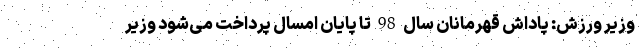
وزیر ورزش: پاداش قهرمانان سال 98 تا پایان امسال پرداخت می‌شود وزیر